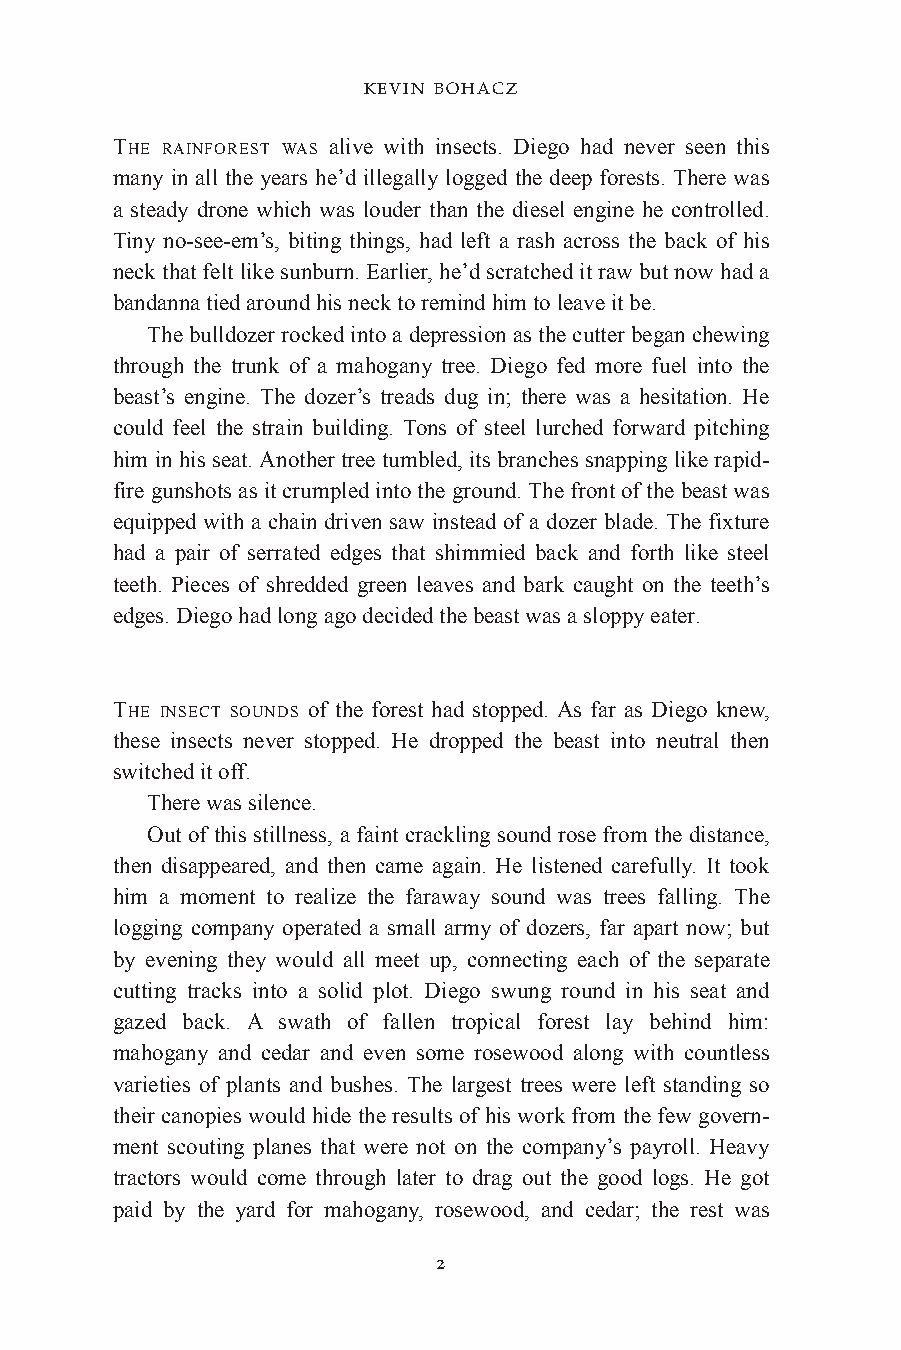
KEVIN BOHACZ
 THE RAINFOREST WAS alive with insects. Diego had never seen this
 many in all the years he’d illegally logged the deep forests. There was
 a steady drone which was louder than the diesel engine he controlled.
 Tiny no-see-em’s, biting things, had left a rash across the back of his
 neck that felt like sunburn. Earlier, he’d scratched it raw but now had a
 bandanna tied around his neck to remind him to leave itbe.
 The bulldozer rocked into a depression as the cutter began chewing
 through the trunk of a mahogany tree. Diego fed more fuel into the
 beast’s engine. The dozer’s treads dug in; there was a hesitation. He
 could feel the strain building. Tons of steel lurched forward pitching
 him in his seat. Another tree tumbled, its branches snapping like rapid-
 fire gunshots as it crumpled into the ground. The front of the beast was
 equipped with a chain driven saw instead of a dozer blade. The fixture
 had a pair of serrated edges that shimmied back and forth like steel
 teeth. Pieces of shredded green leaves and bark caught on the teeth’s
 edges. Diego had long ago decided the beast was a sloppy eater.
 THE INSECT SOUNDS of the forest had stopped. As far as Diego knew,
 these insects never stopped. He dropped the beast into neutral then
 switched itoff.
 There was silence.
 Out of this stillness, a faint crackling sound rose from the distance,
 then disappeared, and then came again. He listened carefully. It took
 him a moment to realize the faraway sound was trees falling. The
 logging company operated a small army of dozers, far apart now; but
 by evening they would all meet up, connecting each of the separate
 cutting tracks into a solid plot. Diego swung round in his seat and
 gazed back. A swath of fallen tropical forest lay behind him:
 mahogany and cedar and even some rosewood along with countless
 varieties of plants and bushes. The largest trees were left standing so
 their canopies would hide the results of his work from the few govern-
 ment scouting planes that were not on the company’s payroll. Heavy
 tractors would come through later to drag out the good logs. He got
 paid by the yard for mahogany, rosewood, and cedar; the rest was
 2